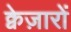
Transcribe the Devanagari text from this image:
क्वेज़ारों